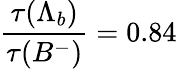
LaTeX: {\frac{\tau(\Lambda_{b})}{\tau(B^{-})}}=0.84